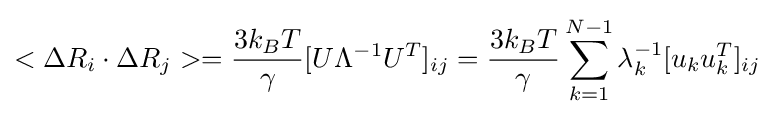
<\Delta R_{i}\cdot \Delta R_{j}>={\frac {3k_{B}T}{\gamma }}[U\Lambda ^{-1}U^{T}]_{ij}={\frac {3k_{B}T}{\gamma }}\sum _{k=1}^{N-1}\lambda _{k}^{-1}[u_{k}u_{k}^{T}]_{ij}